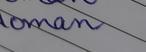
Signature authenticity: genuine